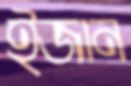
ইজান